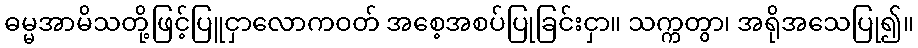
ဓမ္မအာမိသတို့ဖြင့်ပြူငှာလောကဝတ် အစေ့အစပ်ပြုခြင်းငှာ။ သက္ကတွာ၊ အရိုအသေပြု၍။